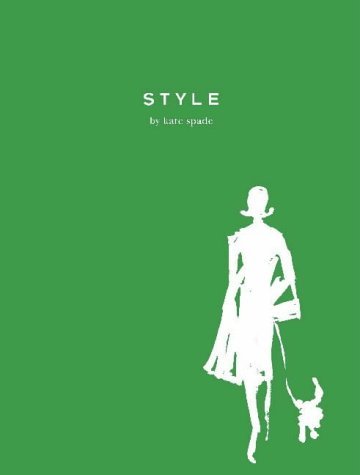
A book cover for Style; Kate Spade; Arts & Photography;